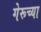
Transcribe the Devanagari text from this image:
गेरूच्या